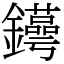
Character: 𨯫